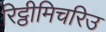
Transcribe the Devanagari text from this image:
रिट्ठीमिचरिउ